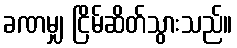
ခဏမျှ ငြိမ်ဆိတ်သွားသည်။